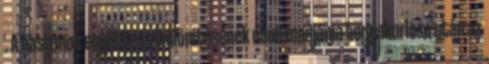
. A hasizmok együttes elkülönítésének nauli-madjáma begyakorlása után az